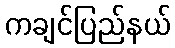
ကချင်ပြည်နယ်